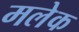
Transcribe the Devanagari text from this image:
मलेक